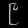
Digit: ၉